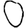
Digit: 0